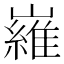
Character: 𡽰